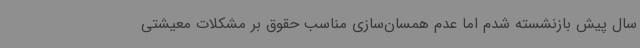
سال پیش بازنشسته شدم اما عدم همسان‌سازی مناسب حقوق بر مشکلات معیشتی